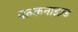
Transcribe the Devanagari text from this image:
वल्कनाइज़्ड